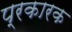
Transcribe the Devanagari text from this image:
प्रकारक